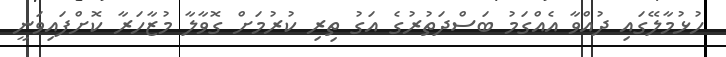
ހުޅުމާލޭގައި ދުއްވާ އެއްގަމު ބަސްދަތުރުގެ އަގު ތިރި ކުރުމަށް ގޮވާލާ މުޒާހަރާ ކޮށްފައިވަނީ